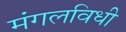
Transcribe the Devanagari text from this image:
मंगलविधी